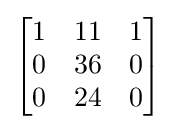
{\begin{bmatrix}1&11&1\\0&36&0\\0&24&0\end{bmatrix}}